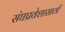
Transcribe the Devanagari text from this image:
संघप्रवेशासाठी